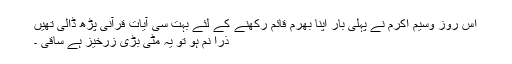
اس روز وسیم اکرم نے پہلی بار اپنا بھرم قائم رکھنے کے لئے بہت سی آیات قرآنی پڑھ ڈالی تھیں
ذرا نم ہو تو یہ مٹی بڑی زرخیز ہے ساقی ۔